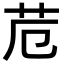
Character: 苊